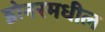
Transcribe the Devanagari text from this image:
डोनरमधील